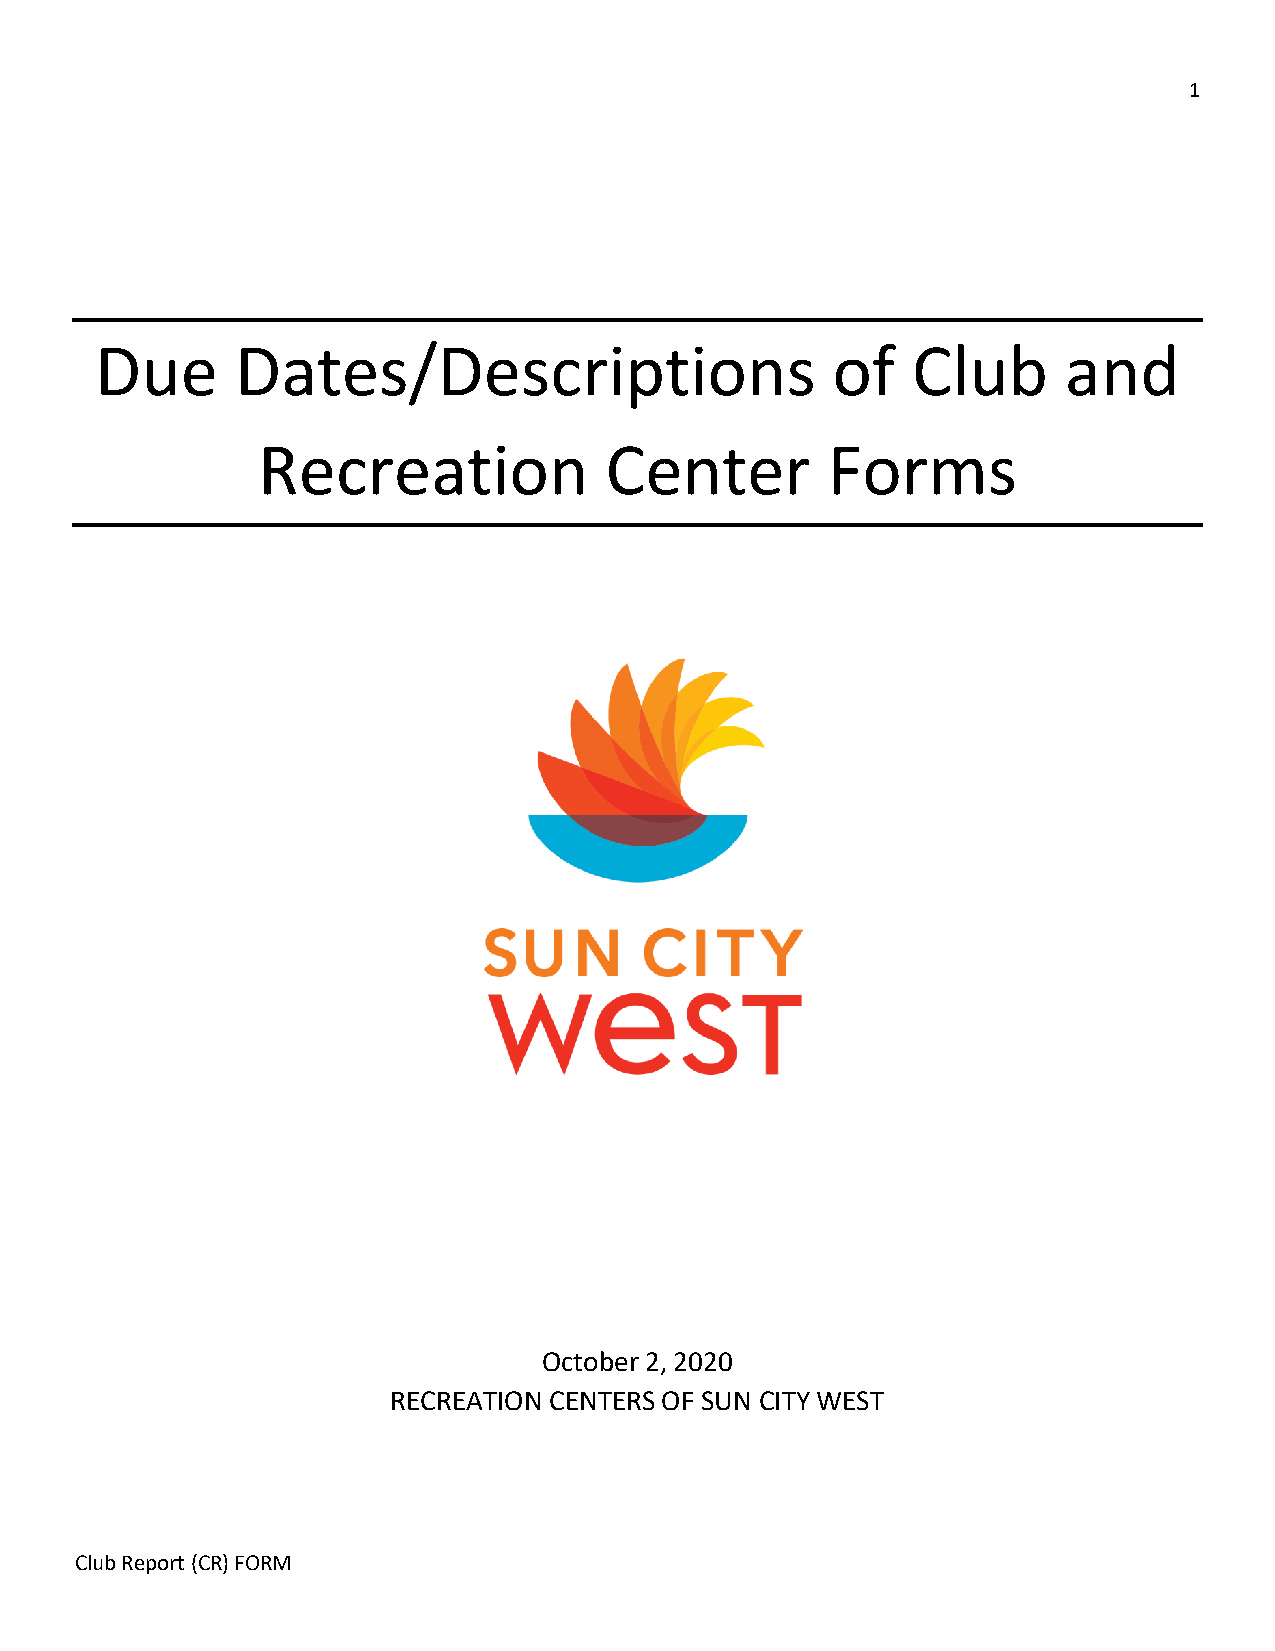
1
 Due       Dates/Descriptions                     of   Club       and
 Recreation             Center         Forms
 October 2, 2020
 RECREATION CENTERS OF SUN CITY WEST
 Club Report (CR) FORM